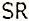
SR